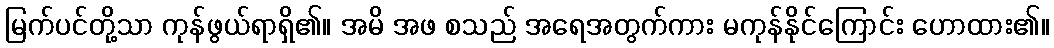
မြက်ပင်တို့သာ ကုန်ဖွယ်ရာရှိ၏။ အမိ အဖ စသည် အရေအတွက်ကား မကုန်နိုင်ကြောင်း ဟောထား၏။